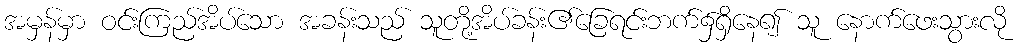
အမှန်မှာ ဝင်းကြည်အိပ်သော အခန်းသည် သူတို့အိပ်ခန်း၏ခြေရင်းဘက်၌ရှိနေ၍ သူ နောက်ဖေးသွားလို